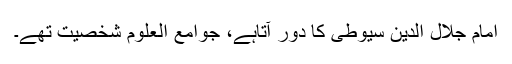
امام جلال الدین سیوطی کا دور آتاہے، جوامع العلوم شخصیت تھے۔